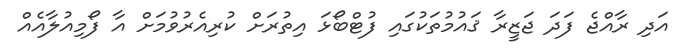
އަދި ރާއްޖެ ފަދަ ޖަޒީރާ ޤައުމުތަކުގައި ފުޓްބޯޅަ އިތުރަށް ކުރިއެރުވުމަށް އާ ފޯމިއުލާއެއް